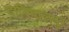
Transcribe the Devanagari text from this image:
दानियालपुर